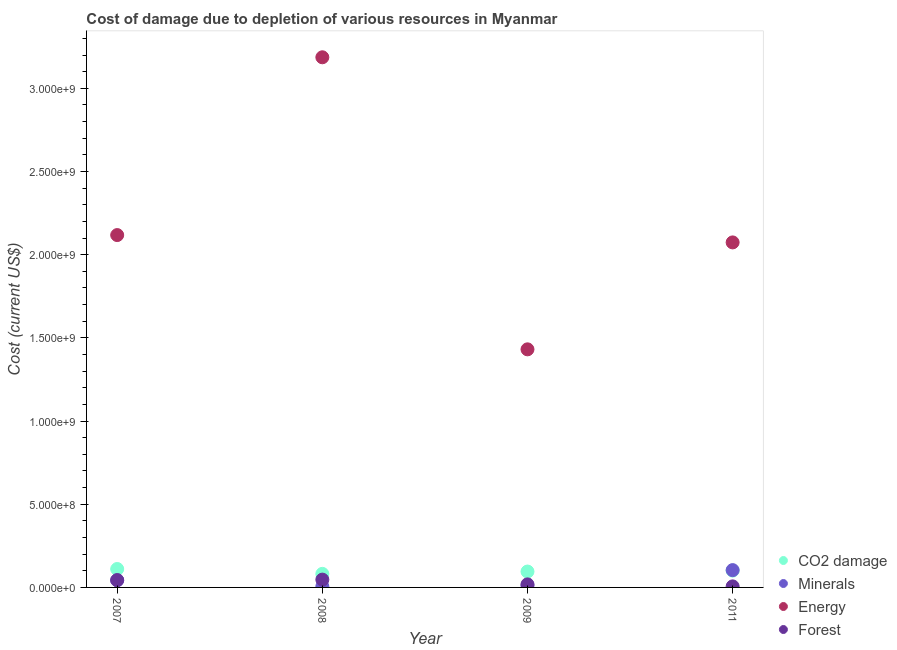
| Year | CO2 damage | Minerals | Energy | Forest |
 | --- | --- | --- | --- | --- |
 | 2007 | 1.11e+08 | 4.29e+07 | 2.12e+09 | 4.4e+07 |
 | 2008 | 8.15e+07 | 5.68e+06 | 3.19e+09 | 4.7e+07 |
 | 2009 | 9.55e+07 | 1.15e+07 | 1.43e+09 | 1.83e+07 |
 | 2011 | 1.01e+08 | 1.04e+08 | 2.07e+09 | 6.26e+06 |